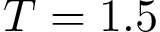
T = 1 . 5